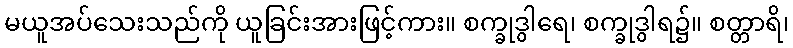
မယူအပ်သေးသည်ကို ယူခြင်းအားဖြင့်ကား။ စက္ခုဒွါရေ၊ စက္ခုဒွါရ၌။ စတ္တာရိ၊